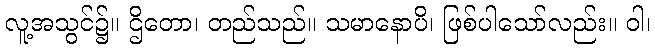
လူ့အသွင်၌။ ဌိတော၊ တည်သည်။ သမာနောပိ၊ ဖြစ်ပါသော်လည်း။ ဝါ၊